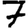
Digit: 7